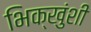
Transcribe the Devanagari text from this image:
भिक्खुंशी